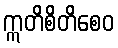
ဣတိစိတိစေဝ